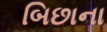
બિછાના